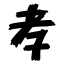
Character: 孝